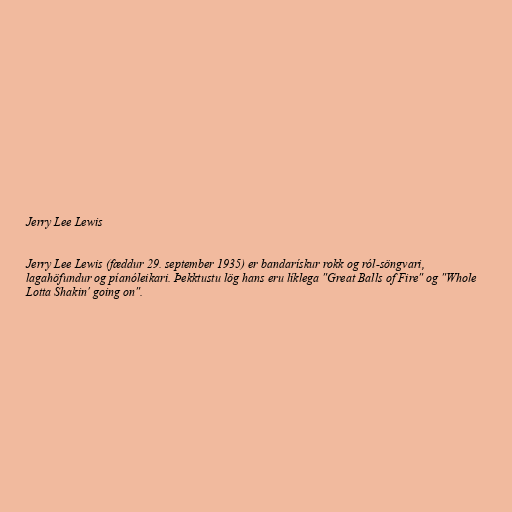
Jerry Lee Lewis

Jerry Lee Lewis (fæddur 29. september 1935) er bandarískur rokk og ról-söngvari,
lagahöfundur og píanóleikari. Þekktustu lög hans eru líklega "Great Balls of Fire" og "Whole
Lotta Shakin' going on".